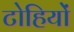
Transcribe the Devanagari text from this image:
टोहियों